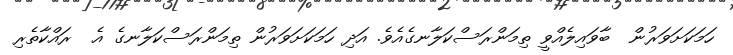
ހަމަކަށަވަރުން  ބާވައިލެއްވީ ތިމަންރަސްކަލާނގެއެވެ. އަދި ހަމަކަށަވަރުން ތިމަންރަސްކަލާނގެ އެ  ރައްކާތެރި